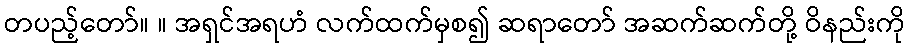
တပည့်တော်။ ။ အရှင်အရဟံ လက်ထက်မှစ၍ ဆရာတော် အဆက်ဆက်တို့ ဝိနည်းကို